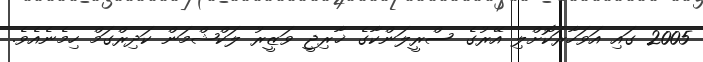
2005 ގައި އަވަހާރަކޮށްލި އޭރުގެ ސްރީލަންކާގެ ޚާރިޖީ ވަޒީރު ލަކްޝްމަން ކަދިރްގަމް ހިމެނެއެވެ.